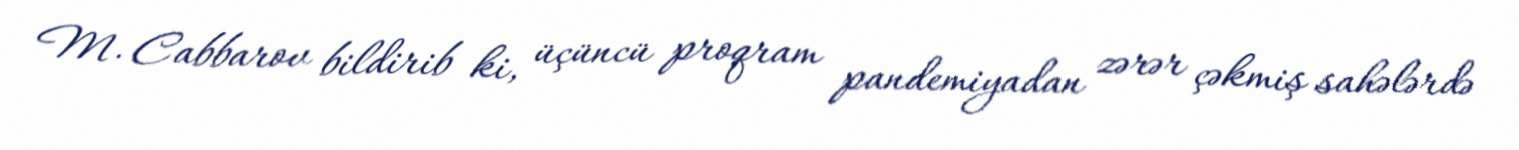
M. Cabbarov bildirib ki, üçüncü proqram pandemiyadan zərər çəkmiş sahələrdə